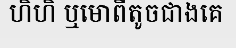
ហិហិ ឬមោពីតូចជាងគេ